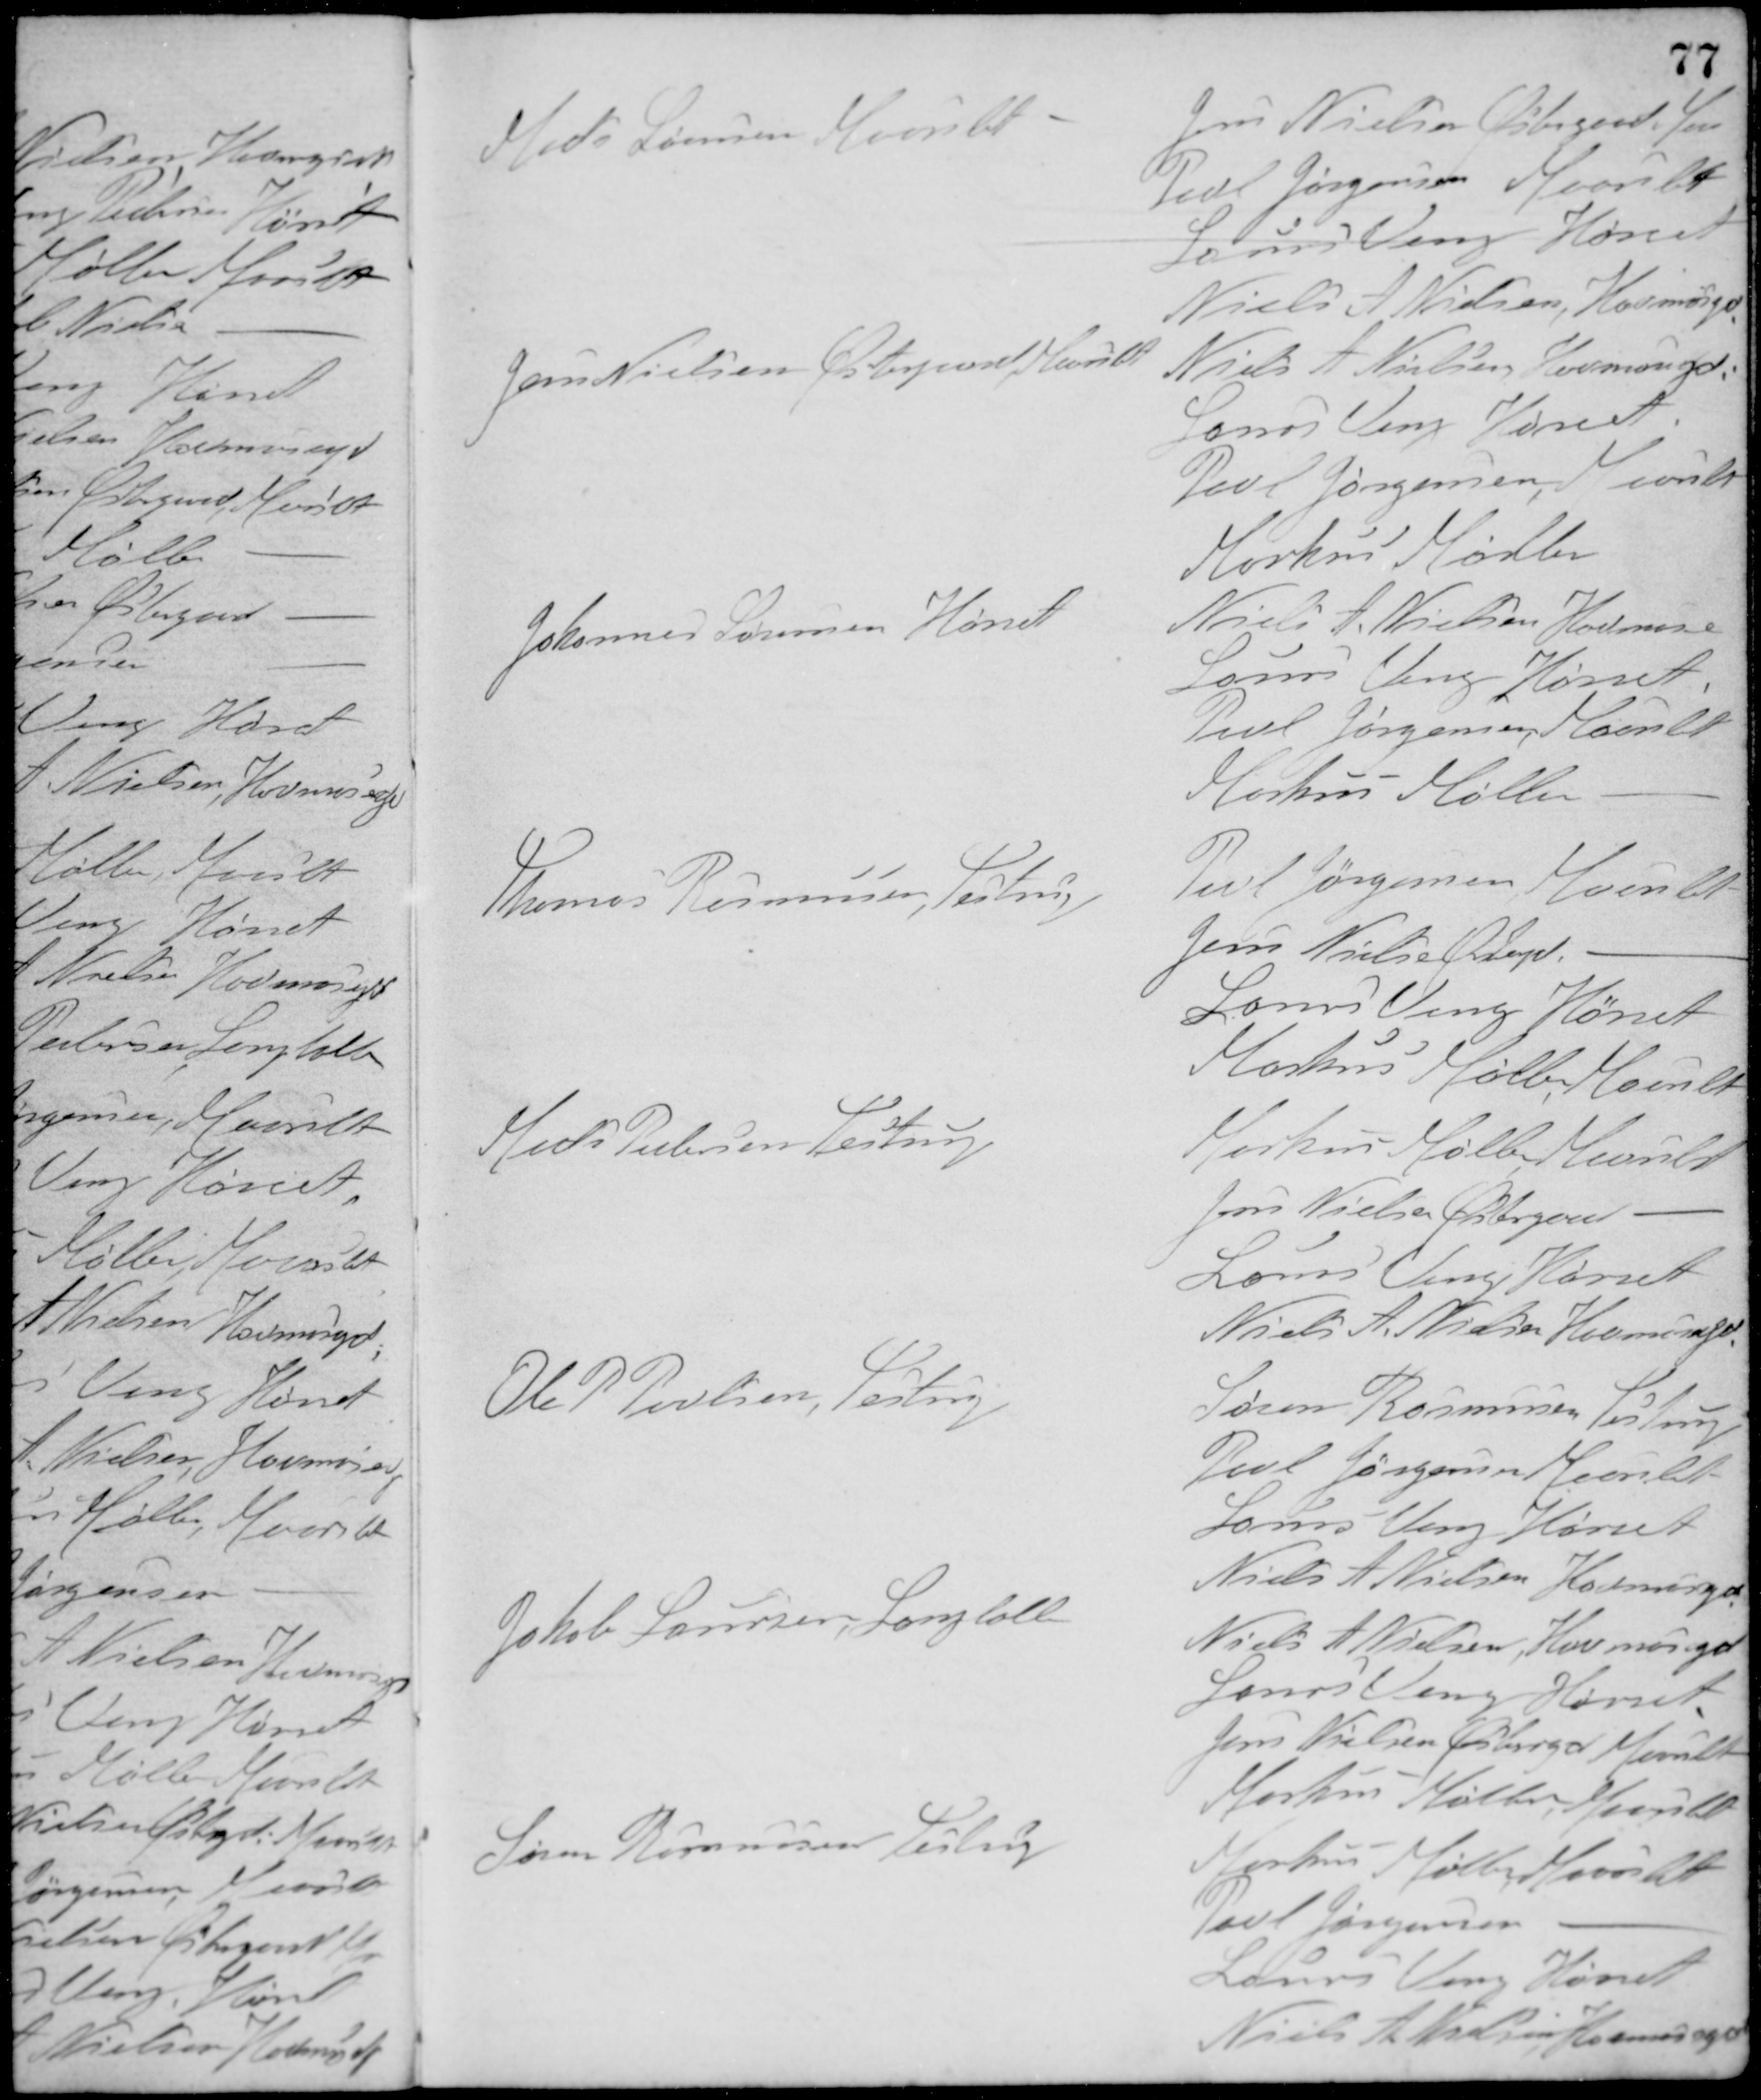
Transskription:
Mads Sørensen Maarslet
Jens Nielsen Østergaard, Maa
Povl Jørgensen, Maarslet
Laurs Veng, Hørret
Niels A. Nielsen, Havmosegd.
Jens Nielsen Østergaard, Maarslet
Niels A. Nielsen, Havmosegd.
Laurs Veng, Hørret
Povl Jørgensen, Maarslet
Markus Møller
Johannes Sørensen Hørret
Niels A. Nielsen, Havmosegd.
Laurs Veng, Hørret
Povl Jørgensen, Maarslet
Markus Møller, -
Thomas Rasmussen, Testrup
Povl Jørgensen, Maarslet
Jens Nielsen Østergd, -
Laurs Veng Hørret
Markus Møller, Maarslet
Mads Pedersen Testrup
Markus Møller, Maarslet
Jens Nielsen Østergaard -
Laurs Veng Hørret
Niels A. Nielsen, Havmosegd.
Ole P. Povlsen, Testrup
Søren Rasmussen Testrup
Povl Jørgensen Maarslet
Laurs Veng Hørret
Niels A. Nielsen Havmosegd.
Jakob Laursen, Langballe
Niels A. Nielsen, Havmosegd.
Laurs Veng Hørret
Jens Nielsen Østergaard Maarslet
Markus Møller, Maarslet
Søren Rasmussen, Testrup
Markus Møller, Maarslet
Povl Jørgensen -
Laurs Veng Hørret
Niels A. Nielsen Havmosegd.